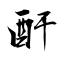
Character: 酐